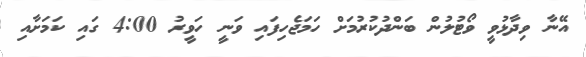
އޭނާ ވިދާޅުވީ ވޯޓުލުން ބަންދުކުރުމަށް ހަމަޖެހިފައި ވަނީ ހަވީރު 4:00 ގައި ކަމަށާއި